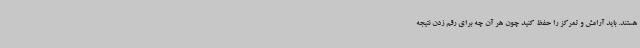
هستند. باید آرامش و تمرکز را حفظ کنید چون هر آن چه برای رقم زدن نتیجه